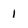
Character: 1